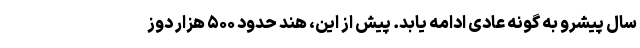
سال پیشرو به گونه عادی ادامه یابد. پیش از این، هند حدود ۵۰۰ هزار دوز